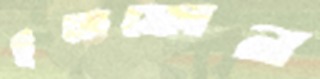
ইথেফোন